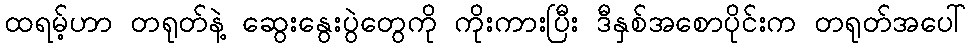
ထရမ့်ဟာ တရုတ်နဲ့ ဆွေးနွေးပွဲတွေကို ကိုးကားပြီး ဒီနှစ်အစောပိုင်းက တရုတ်အပေါ်